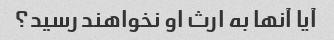
آیا آنها به ارث او نخواهند رسید؟